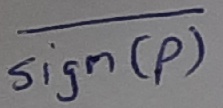
Text: sign(p)